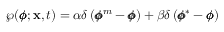
\wp ( \pmb { \phi } ; \mathbf { x } , t ) = \alpha \delta \left( \pmb { \phi } ^ { m } - \pmb { \phi } \right) + \beta \delta \left( \pmb { \phi } ^ { * } - \pmb { \phi } \right)